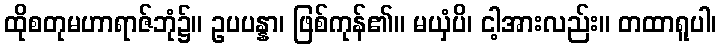
ထိုစတုမဟာရာဇ်ဘုံ၌။ ဥပပန္နာ၊ ဖြစ်ကုန်၏။ မယှံပိ၊ ငါ့အားလည်း။ တထာရူပါ၊